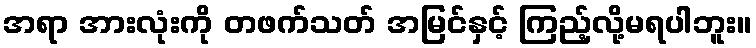
အရာ အားလုံးကို တဖက်သတ် အမြင်နှင့် ကြည့်လို့မရပါဘူး။